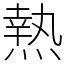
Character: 𤍠